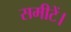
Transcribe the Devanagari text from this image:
समीटें।